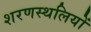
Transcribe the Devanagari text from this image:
शरणस्थलियों